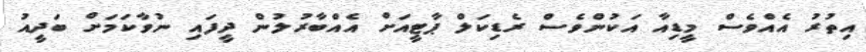
އިތުރު އެއްވެސް މީޑިއާ އަކުންވެސް ރެޑިކަލް ޕާޓީއަށް އެއްބާރުލުން ދީފައި ނުވާކަމަށް ބަދީއު